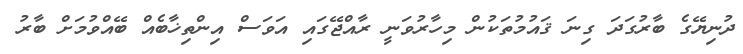
ދުނިޔޭގެ ބާރުގަދަ ގިނަ ޤައުމުތަކުން މިހާރުވަނީ ރާއްޖޭގައި އަވަސް އިންތިޚާބެއް ބޭއްވުމަށް ބާރު